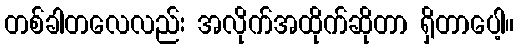
တစ်ခါတလေလည်း အလိုက်အထိုက်ဆိုတာ ရှိတာပေါ့။